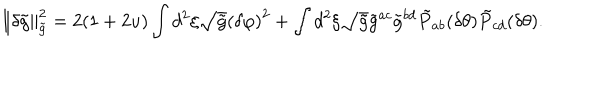
\left\| \delta \tilde { g } \right\| _ { \tilde { g } } ^ { 2 } = 2 ( 1 + 2 u ) \int { d ^ { 2 } } \xi \sqrt { \tilde { g } } { { ( \delta \varphi ) } ^ { 2 } } + \int { d ^ { 2 } } \xi \sqrt { \tilde { g } } { \tilde { g } ^ { a c } } { \tilde { g } ^ { b d } } { \tilde { P } _ { a b } } ( \delta \theta ) { \tilde { P } _ { c d } } ( \delta \theta ) .